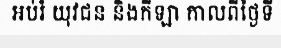
អប់រំ យុវជន និងកីឡា កាលពីថ្ងៃទី